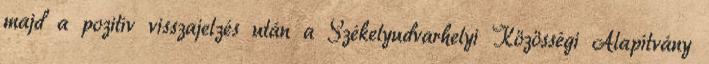
majd a pozitív visszajelzés után a Székelyudvarhelyi Közösségi Alapítvány